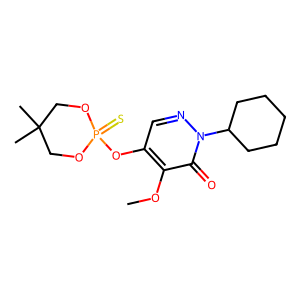
SMILES: COc1c(OP2(=S)OCC(C)(C)CO2)cnn(C2CCCCC2)c1=O
Inhibits HIV replication: No